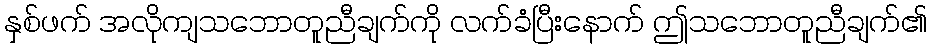
နှစ်ဖက် အလိုကျသဘောတူညီချက်ကို လက်ခံပြီးနောက် ဤသဘောတူညီချက်၏